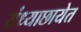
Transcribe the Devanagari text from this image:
संध्याछायेत